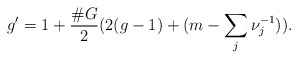
\begin{align*} g' = 1 + \frac{\# G}{2} (2(g-1) + (m-\sum_j \nu_j^{-1})). \end{align*}